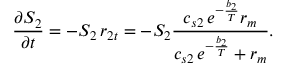
\frac { \partial S _ { 2 } } { \partial t } = - S _ { 2 } \, r _ { 2 t } = - S _ { 2 } \frac { c _ { s 2 } \, e ^ { - \frac { b _ { 2 } } { T } } r _ { m } } { c _ { s 2 } \, e ^ { - \frac { b _ { 2 } } { T } } + r _ { m } } .